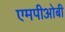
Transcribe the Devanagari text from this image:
एमपीओबी